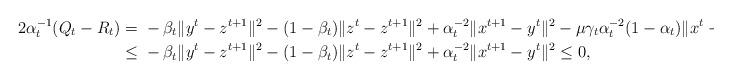
LaTeX: \begin{align*}2\alpha_t^{-1}(Q_t-R_t)=\ &-\beta_t\|y^t-z^{t+1}\|^2-(1-\beta_t)\|z^t-z^{t+1}\|^2+\alpha_t^{-2}\|x^{t+1}-y^t\|^2-\mu\gamma_t\alpha_t^{-2}(1-\alpha_t)\|x^t-y^t\|^2\\\le \ &-\beta_t\|y^t-z^{t+1}\|^2-(1-\beta_t)\|z^t-z^{t+1}\|^2+\alpha_t^{-2}\|x^{t+1}-y^t\|^2 \leq0,\end{align*}